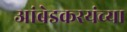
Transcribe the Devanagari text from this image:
आंबेडकरयंच्या